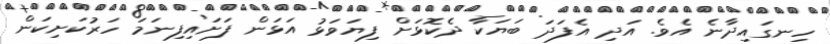
ހިނގައިދާނެ އެވެ. އަދި އެފަދަ ބަޔަކާ ދެކޮޅަށް ފިޔަވަޅު އަޅަން ފަށައިފިނަމަ ހަރުކަށިކަން